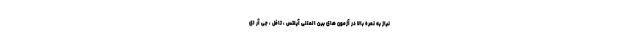
نیاز به نمره بالا در آزمون های بین المللی آیلتس ، تافل ، جی آر ای